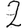
Digit: 2